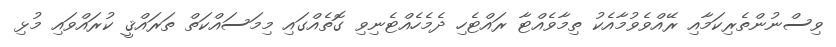
ވިސްނުންތެރިކަމާއި ރޭއްވެވުމާއެކު ތިމާވެއްޓާ ރައްޓެހި ދެމެހެއްޓެނިވި ގޮތެއްގައި މިމަސައްކަތް ތަރައްޤީ ކުރައްވައި މުޅި